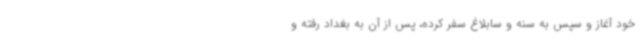
خود آغاز و سپس به سنه و سابلاغ سفر کرده، پس از آن به بغداد رفته و